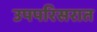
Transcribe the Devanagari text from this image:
उपपरिसरात